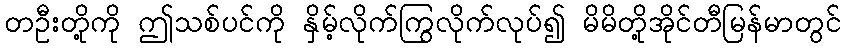
တဦးတို့ကို ဤသစ်ပင်ကို နှိမ့်လိုက်ကြွလိုက်လုပ်၍ မိမိတို့အိုင်တီမြန်မာတွင်